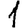
Digit: 1